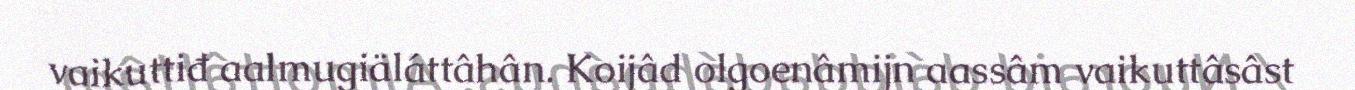
vaikuttiđ aalmugiäláttâhân. Koijâd olgoenâmijn aassâm vaikuttâsâst